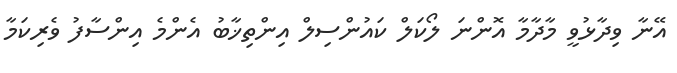
އޭނާ ވިދާޅުވީ މާދާމާ އޮންނަ ލޯކަލް ކައުންސިލް އިންތިޚާބު އެންމެ އިންސާފު ވެރިކަމާ